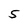
Character: 5